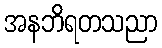
အနဘိရတသညာ